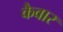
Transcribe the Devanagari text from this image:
कैवार